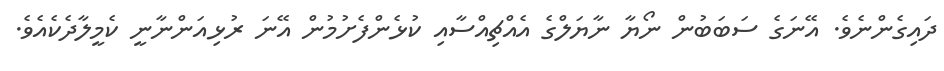
ދައިގެންނެވެ. އޭނަގެ ސަބަބުން ނޯޔާ ނާޔަލްގެ އެއްޗިއްސާއި ކުޅެންފެށުމުން އޭނަ ރުޅިއަންނާނީ ކެމީލާދެކެއެވެ.